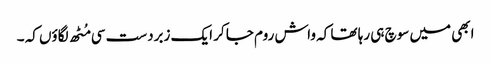
ابھی میں سوچ ہی رہا تھا کہ واش روم جا کر ایک زبردست سی مُٹھ لگاؤں کہ ۔